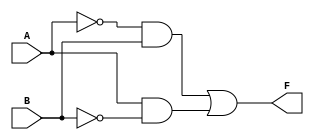
module two_var_kmap (
    input wire A,    // Input A
    input wire B,    // Input B
    output wire F    // Output F
);

// Implementing the K-map logic based on the truth table provided
// F(A, B) = B' + AB'
assign F = (~A & B) | (A & ~B);

endmodule